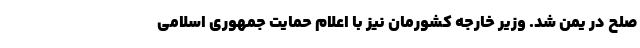
صلح در یمن شد. وزیر خارجه کشورمان نیز با اعلام حمایت جمهوری اسلامی